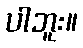
ပါဘူး။